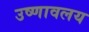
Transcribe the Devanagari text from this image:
उष्णावलय